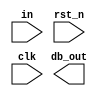
/*------------------------------------------------------------------------------------------------------------
Design Name : Debouncer circuit for car parking with respective to car tyre
File Name : Debouncer_n
--------------------------------------------------------------------------------------------------------------*/

module debouncer_n (
    in      , //input signal for the debouncer
    rst_n   , // Active low, synchronous reset
    clk     , //clock
    db_out    //output which says whether it belongs to vehicle or not
    ) ;
//--------------------------------- INPUT PORTS ------------------------------------------------------------------//

input in, rst_n, clk ;

//--------------------------------- OUTPUT PORT -----------------------------------------------------------------//

output db_out ;

//--------------------------------- INPUT DATA TYPES ------------------------------------------------------------//

wire in, rst_n, clk ;

//--------------------------------- OUTPUT DATA TYPES -----------------------------------------------------------//

reg db_out ;

//--------------------------------- INTERNAL CONSTANTS ----------------------------------------------------------//

parameter size = 2 ;
parameter ff_time_cnt = 4 ;

//--------------------------------- INTERNAL VARIABLES ----------------------------------------------------------//

reg [size-1 : 0] dff ;
reg [ff_time_cnt-1 : 0] q_timing ;
reg [ff_time_cnt-1 : 0] counter = 0 ;
wire q_reset, q_add ;

//--------------------------------- CONTINOUS ASSIGNMENT OUTPUTS ------------------------------------------------//

assign q_reset = dff[0]^dff[size-1] ;
assign q_add = ~ ( q_timing[ff_time_cnt-1] ) ;

//----------------------------------- CODE STARTS HERE ----------------------------------------------------------//

always@(posedge clk)
    begin
		if(rst_n)
			begin
		    	dff[0] <= 1'b0;
				dff[1] <= 1'b0;
				counter <= 4'd2;
			end
		else
			begin
				dff[0] <= in;
				dff[1] <= dff[0];
				counter <= counter + 1;
					if ({counter < 4'd2,counter > 4'd10}) // the range is from 2 to 10 from cycle tyre range to car tyre range 
						counter <= 4'd2;
					else
						counter <= counter + 1;
			end
	end


    
endmodule